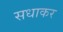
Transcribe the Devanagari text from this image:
सधाकर